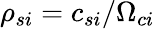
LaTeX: \rho_{si}=c_{si}/\Omega_{ci}